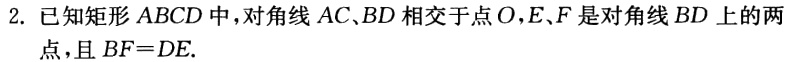
2. 已知矩形 \(ABCD\) 中，对角线 \(AC、BD\) 相交于点 \(O\)，\(E、F\) 是对角线 \(BD\) 上的两点，且 \(BF = DE\).